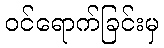
ဝင်ရောက်ခြင်းမှ